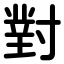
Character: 對